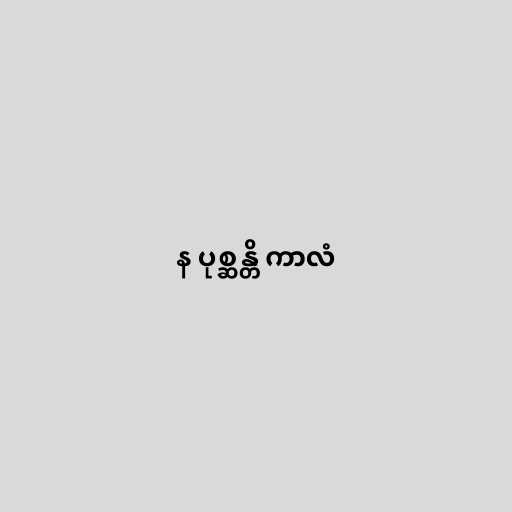
န ပုစ္ဆန္တိ ကာလံ